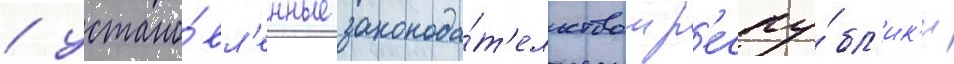
/ устано́вл'енные законода́т'ельством р'еспу́бл'ик'и